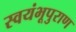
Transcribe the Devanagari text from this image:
स्वयंभूपुराण